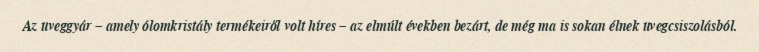
Az üveggyár – amely ólomkristály termékeiről volt híres – az elmúlt években bezárt, de még ma is sokan élnek üvegcsiszolásból.